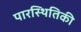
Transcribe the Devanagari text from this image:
पारस्थितिकी